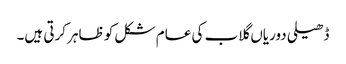
ڈھیلی دوریاں گلاب کی عام شکل کو ظاہر کرتی ہیں۔